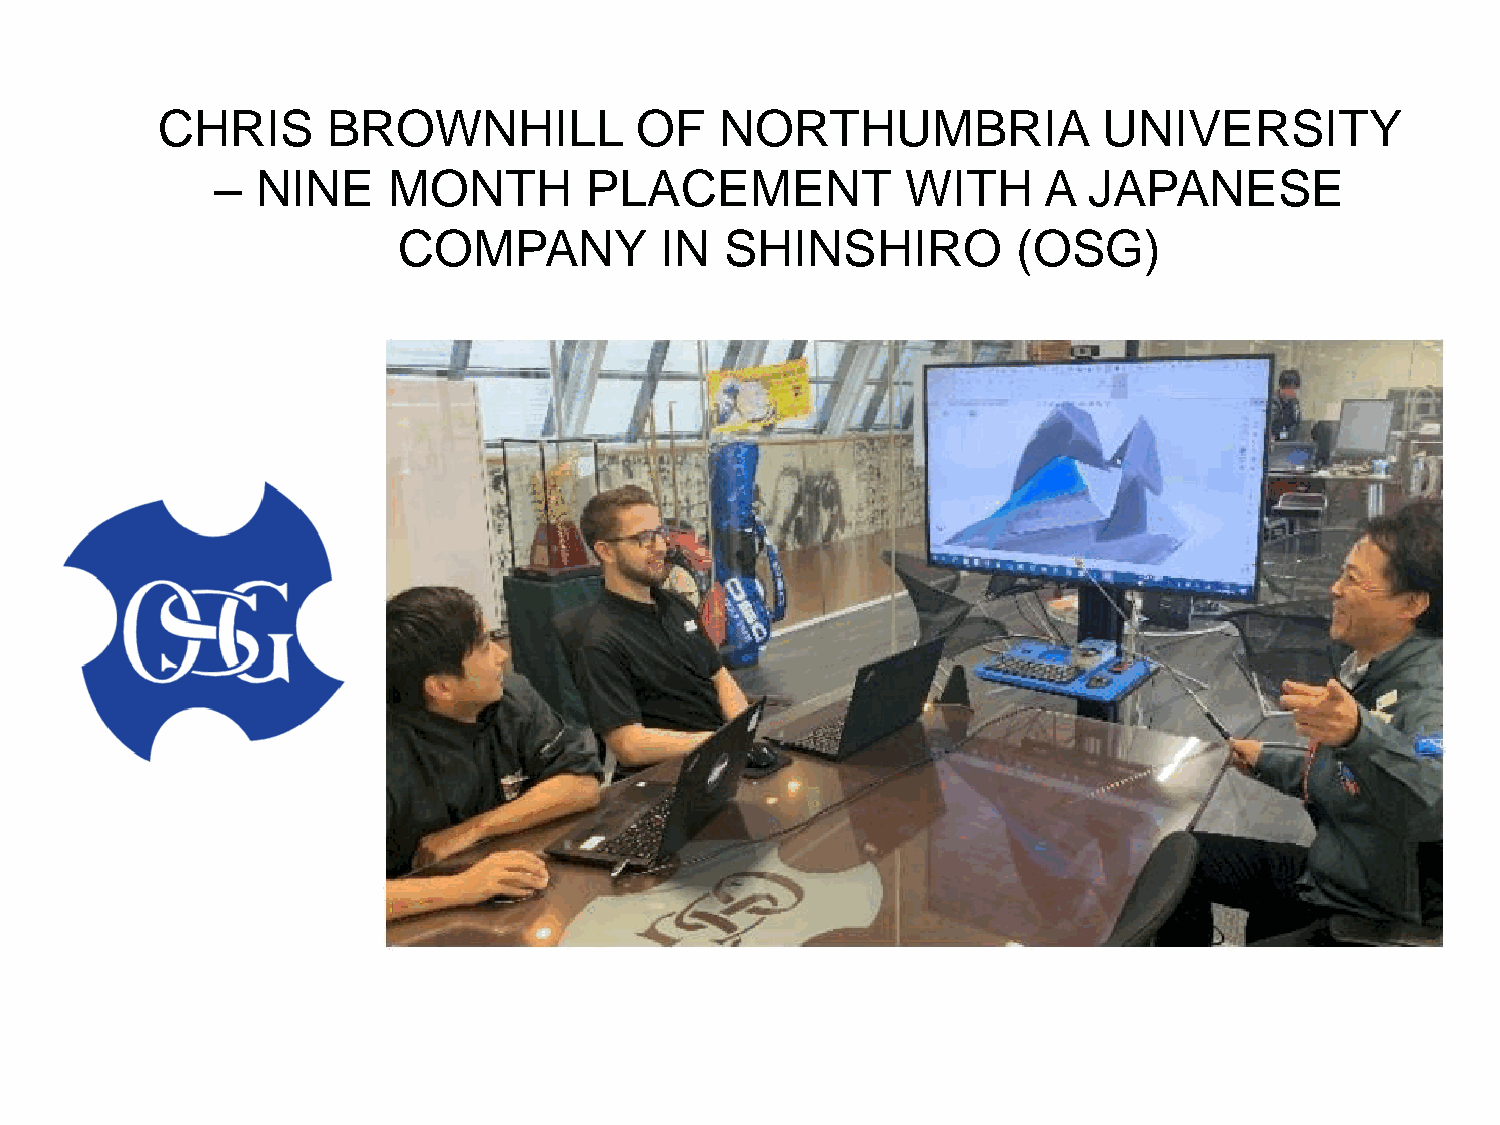
CHRIS       BROWNHILL           OF    NORTHUMBRIA              UNIVERSITY
 –  NINE     MONTH        PLACEMENT            WITH     A  JAPANESE
 COMPANY           IN  SHINSHIRO          (OSG)